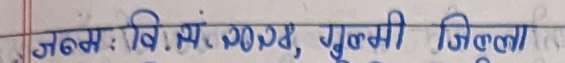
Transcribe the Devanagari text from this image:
जन्म: वि.सं. २०३४, गुल्मी जिल्ला